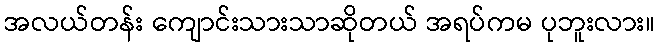
အလယ်တန်း ကျောင်းသားသာဆိုတယ် အရပ်ကမ ပုဘူးလား။